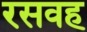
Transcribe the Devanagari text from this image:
रसवह